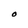
Character: O